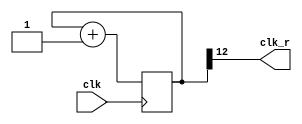
module ClockDivider(clk, clk_r);
    parameter n = 13;

    input clk;
    output clk_r;
    reg[n - 1:0] cnt;

    always @(posedge clk) begin
        cnt <= cnt + 1;
    end

    assign clk_r = cnt[n - 1];

endmodule